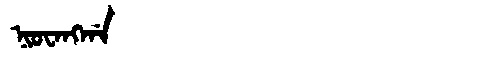
Manchu: ᠨᡳᠣᠸᠠᠩᡤᠠ
Romanization: NIOWANGGA